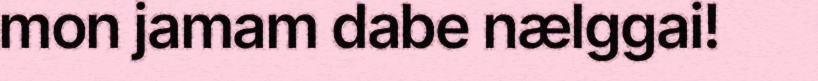
mon jamam dabe nælggai!